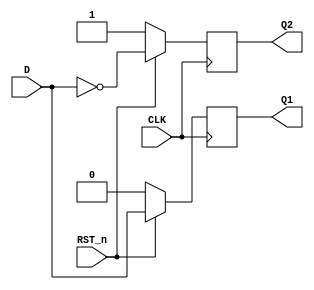
`timescale 1ns / 1ps
//////////////////////////////////////////////////////////////////////////////////
// Company: 
// Engineer: 
// 
// Design Name: 
// Module Name: Synchronous_D_FF
// Project Name: 
// Target Devices: 
// Tool Versions: 
// Description: 
// 
// Dependencies: 
// 
// Revision:
// Revision 0.01 - File Created
// Additional Comments:
// 
//////////////////////////////////////////////////////////////////////////////////


module Synchronous_D_FF(
    input CLK,
    input D,
    input RST_n,
    output reg Q1,
    output reg Q2
    );
    always @(posedge CLK )
    if(~RST_n)
    begin
        Q1<=1'b0;
        Q2<=1'b1;
    end
    else
    begin
        Q1<=D;
        Q2<=~D;
    end
endmodule